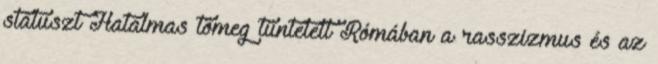
státuszt Hatalmas tömeg tüntetett Rómában a rasszizmus és az